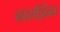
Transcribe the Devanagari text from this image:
व्हाराझ्दिन